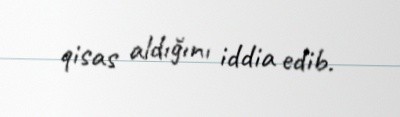
qisas aldığını iddia edib.